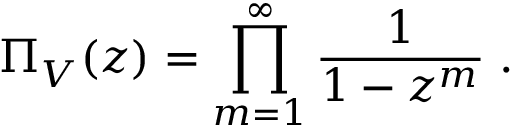
\Pi _ { V } ^ { } ( z ) = \prod _ { m = 1 } ^ { \infty } \frac { 1 } { 1 - z ^ { m } } \; .